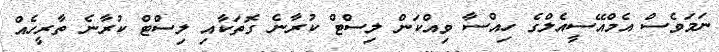
ނަމަވެސް އެމްއޭސީއެލްގެ ހިއްސާ ވިއްކަން ލިސްޓް ކުރާނެ ގޮތަކާއި ލިސްޓް ކުރާނެ ތާރީހެއް